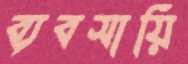
ব্যবসায়ি